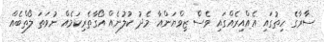
ސާރާގެ ހިތުގައި އެއްއިރެއްގައި ވެސް ޒިވްޔަންއާ މެދު ކުލުނެއް އޯގާތެރިކަމެއް ނުވަތަ ލޯތްބެއް